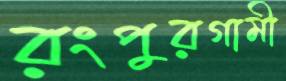
রংপুরগামী